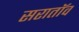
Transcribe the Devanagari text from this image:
सरातॉव